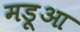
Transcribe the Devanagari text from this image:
मड़ूआ